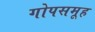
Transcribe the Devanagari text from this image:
गोपसमूह